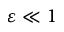
\varepsilon \ll 1